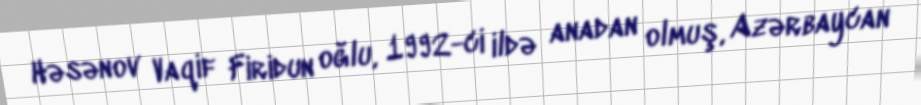
Həsənov Vaqif Firidun oğlu, 1992-ci ildə anadan olmuş, Azərbaycan